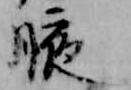
腋